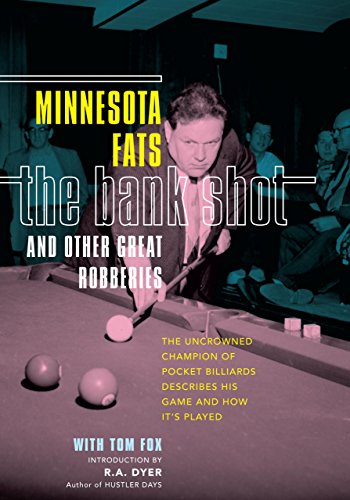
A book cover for Bank Shot and Other Great Robberies: The Uncrowned Champion Of Pocket Billiards Describes His Game And How It's Played; Minnesota Fats; Sports & Outdoors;